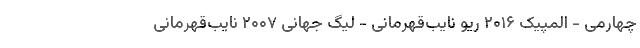
چهارمی - المپیک ۲۰۱۶ ریو نایب‌قهرمانی - لیگ جهانی ۲۰۰۷ نایب‌قهرمانی